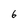
Character: 6